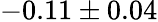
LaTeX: -0.11\pm 0.04